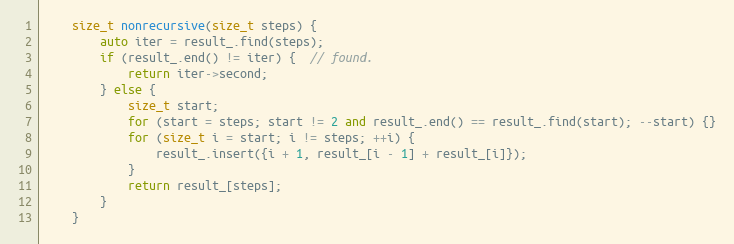
Language: C++
    size_t nonrecursive(size_t steps) {
        auto iter = result_.find(steps);
        if (result_.end() != iter) {  // found.
            return iter->second;
        } else {
            size_t start;
            for (start = steps; start != 2 and result_.end() == result_.find(start); --start) {}
            for (size_t i = start; i != steps; ++i) {
                result_.insert({i + 1, result_[i - 1] + result_[i]});
            }
            return result_[steps];
        }
    }